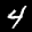
Label: 4